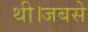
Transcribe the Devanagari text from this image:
थी।जबसे